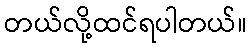
တယ်လို့ထင်ရပါတယ်။